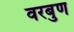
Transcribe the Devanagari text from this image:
वरबुण